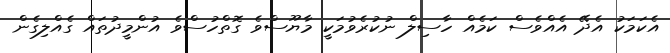
އެކަމަކު އެދޭ އެއްވެސް ކަމެއް ހާސިލް ނުކުރެވުމަކީ މާޔޫސްވެ ގޮތްހުސްވެ އުންމީދުތައް ގެއްލިގެން